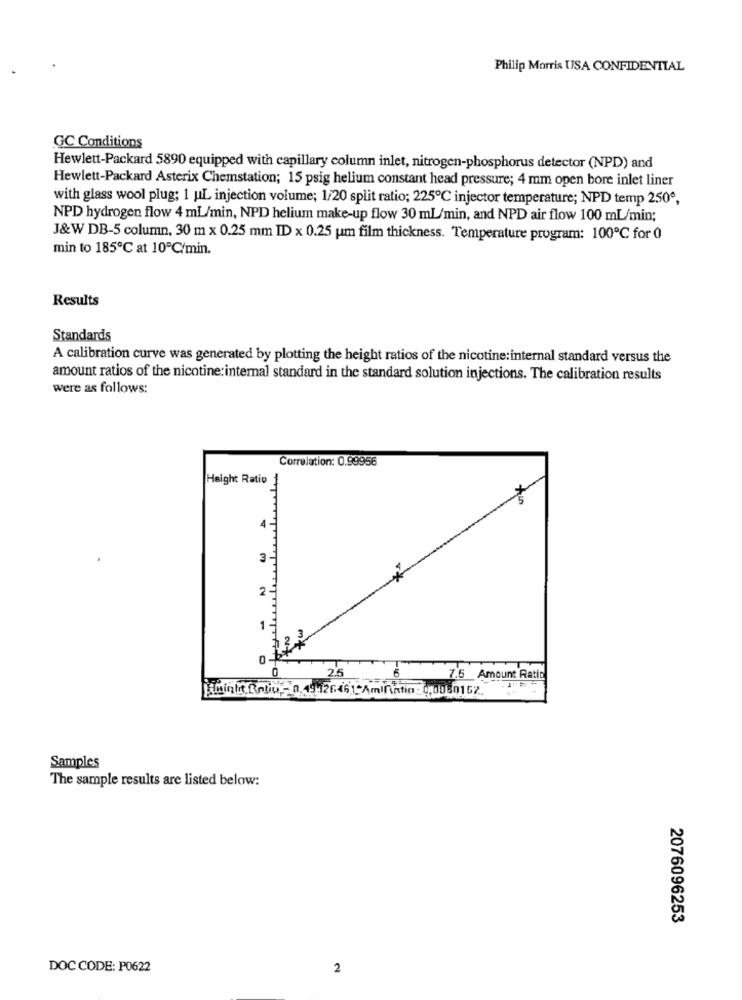
Philip Morris USA CONFIDENTIAL
GC Conditions
Hewlett-Packard 5890 equipped with capillary column inlet, nitrogen-phosphorus detector (NPD) and
Hewlett-Packard Asterix Chemstation; 15 psig helium constant head pressure; 4 mm open bore inlet liner
with glass wool plug; 1 uL injection volume; 1/20 split ratio; 225℃ injector temperature; NPD temp 250º,
NPD hydrogen flow 4 mL/min, NPD helium make-up flow 30 ml/min, and NPD air flow 100 mL/min;
J&W DB-5 column, 30 m x 0.25 mm ID x 0.25 um film thickness. Temperature program: 100℃ for 0
min to 185℃ at 10℃/min.
Results
Standards
A calibration curve was generated by plotting the height ratios of the nicotine:internal standard versus the
amount ratios of the nicotine: internal standard in the standard solution injections. The calibration results
were as follows:
Correlation: 0.99956
Height Ratio
4
3
2
1 -
2.5
7.6 Amount Ratio
jibinks Dobu ,- 0. 19126461 AmInitio : 0,0080162.
Samples
The sample results are listed below:
2076096253
DOC CODE: P0622
2